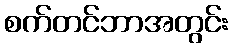
စက်တင်ဘာအတွင်း